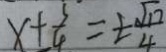
x \pm \frac { 3 } { 4 } = \pm \frac { \sqrt { 1 7 } } { 4 }